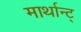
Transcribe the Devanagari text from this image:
मार्थान्ट्